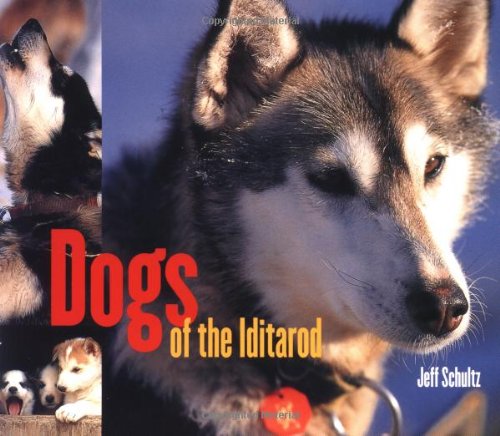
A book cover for Dogs of the Iditarod; Jeff Schultz; Sports & Outdoors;